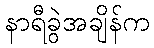
နာရီခွဲအချိန်က